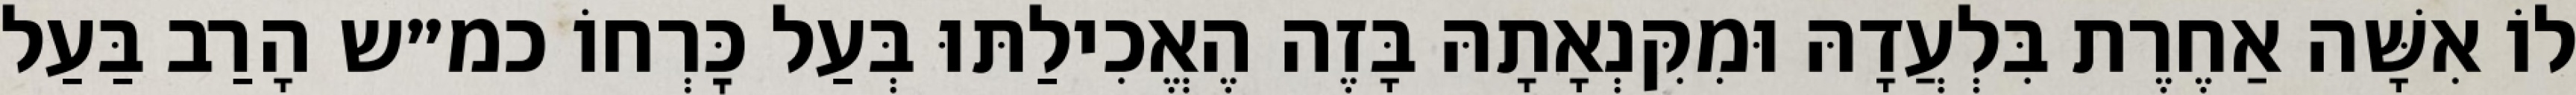
לוֹ אִשָּׁה אַחֶרֶת בִּלְעֲדָהּ וּמִקִּנְאָתָהּ בָּזֶה הֶאֱכִילַתּוּ בְּעַל כׇּרְחוֹ כמ״ש הָרַב בַּעַל